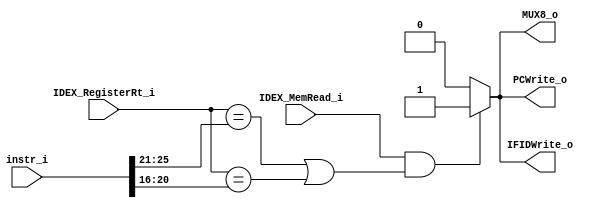
module HazardDetection
(
	IDEX_MemRead_i,
	IDEX_RegisterRt_i,
	instr_i,
	PCWrite_o,
	IFIDWrite_o,
	MUX8_o
);

input			IDEX_MemRead_i;
input		[4:0]	IDEX_RegisterRt_i;
input		[31:0]	instr_i;
output reg		PCWrite_o, IFIDWrite_o, MUX8_o;

always@(*)begin
	if(IDEX_MemRead_i && 
	   (IDEX_RegisterRt_i == instr_i[25:21] ||
            IDEX_RegisterRt_i == instr_i[20:16]))begin
		PCWrite_o <= 1'b1;
		IFIDWrite_o <= 1'b1;
		MUX8_o <= 1'b1;
	end
	else begin
		PCWrite_o <= 1'b0;
		IFIDWrite_o <= 1'b0;
		MUX8_o <= 1'b0;
	end
end

endmodule